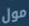
مول